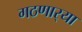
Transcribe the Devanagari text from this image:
गठणार्‍या